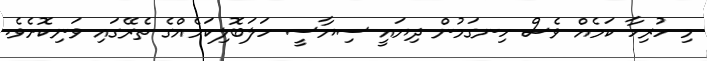
މި ހުރިހާ ކަމެއް ވެސް ހިނގަމުން ދިޔައީ ސިޔާސީ ހަލަބޮލިކަމެއްގެ ތެރޭގައި ވަނިކޮށެވެ.